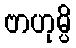
ဗာဟုမ္ပိ